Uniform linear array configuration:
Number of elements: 32
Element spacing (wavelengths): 0.25
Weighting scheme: exponential
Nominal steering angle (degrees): -15
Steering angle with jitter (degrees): -15.281
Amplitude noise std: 0.05
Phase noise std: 0.05

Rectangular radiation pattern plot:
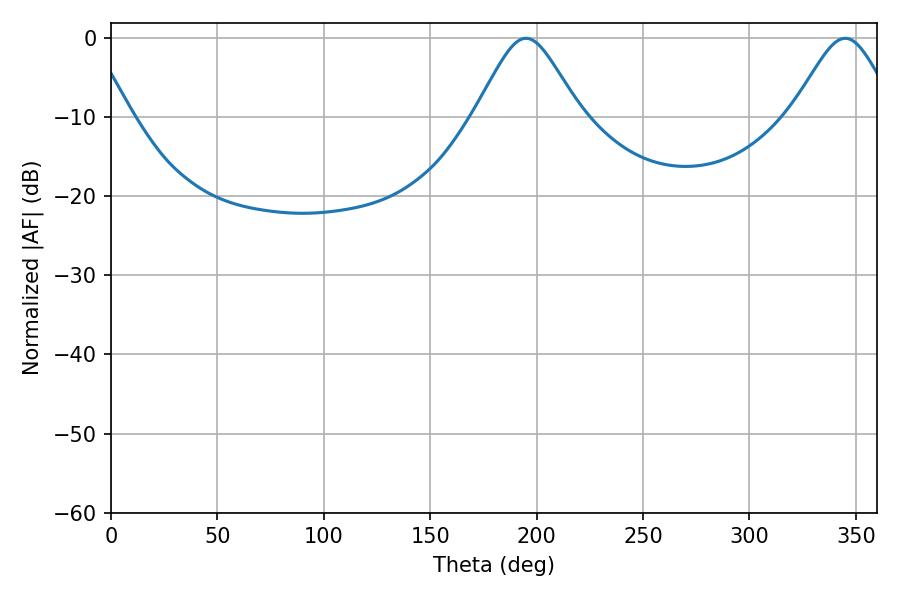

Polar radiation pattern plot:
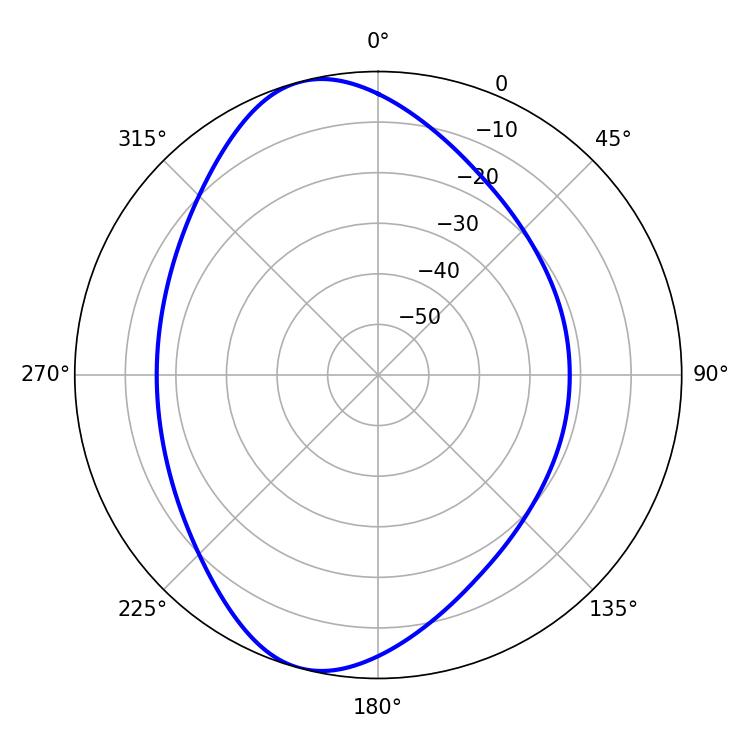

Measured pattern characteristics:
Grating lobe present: FALSE
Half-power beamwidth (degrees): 23.94
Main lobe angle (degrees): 194.94